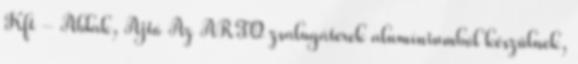
Kft - Ablak, Ajtó Az ARTO zsalugáterek alumíniumból készülnek,